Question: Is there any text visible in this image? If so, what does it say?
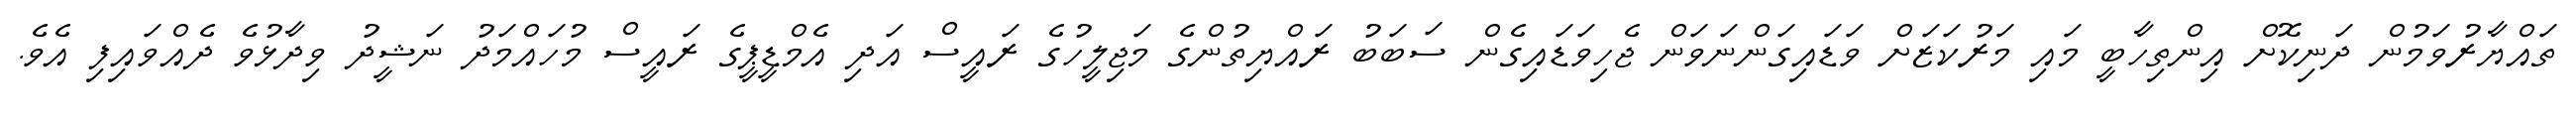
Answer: ތައްޔާރުވަމުން ދަނިކޮށް އިންތިހާބީ މައި މަރުކަޒަށް ވަޑައިގަންނަވަން ޖެހިވަޑައިގެން ސަބަބު ރައްޔިތުންގެ މަޖިލީހުގެ ރައީސް އަދި އެމްޑީޕީގެ ރައީސް މުހައްމަދު ނަޝީދު ވިދާޅުވެ ދެއްވައިފި އެވެ.